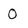
Character: 0